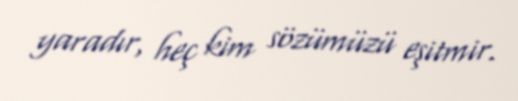
yaradır, heç kim sözümüzü eşitmir.